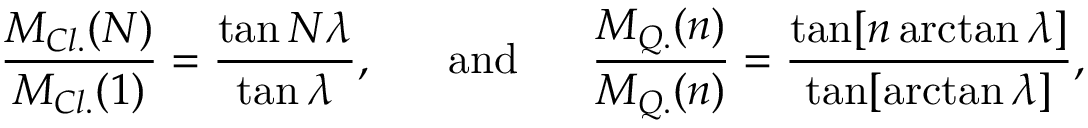
{ \frac { M _ { C l . } ( N ) } { M _ { C l . } ( 1 ) } } = \displaystyle { { \frac { \tan N \lambda } { \tan \lambda } } } , \ \ \ \ \ \mathrm { a n d } \ \ \ \ \ { \frac { M _ { Q . } ( n ) } { M _ { Q . } ( n ) } } = \displaystyle { { \frac { \tan [ n \arctan \lambda ] } { \tan [ \arctan \lambda ] } } } ,